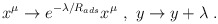
\begin{align*}x^{\mu} \rightarrow e^{-\lambda/R_{ads}} x^{\mu}~,~ y \rightarrow y + \lambda ~.~\end{align*}